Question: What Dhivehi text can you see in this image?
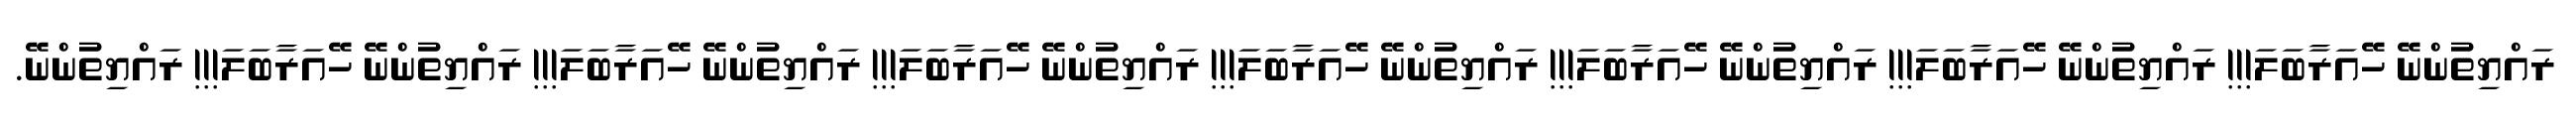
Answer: ރައްޔިތުންނޭ ހޭއަރާބަލަ!!! ރައްޔިތުންނޭ ހޭއަރާބަލަ!!! ރައްޔިތުންނޭ ހޭއަރާބަލަ!!! ރައްޔިތުންނޭ ހޭއަރާބަލަ!!! ރައްޔިތުންނޭ ހޭއަރާބަލަ!!! ރައްޔިތުންނޭ ހޭއަރާބަލަ!!! ރައްޔިތުންނޭ ހޭއަރާބަލަ!!! ރައްޔިތުންނޭ.